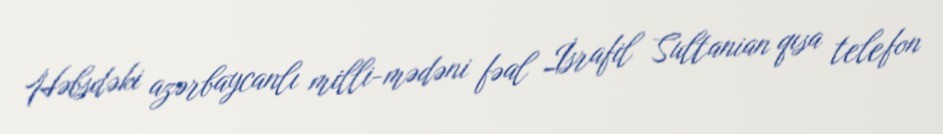
Həbsdəki azərbaycanlı milli-mədəni fəal İsrafil Sultanian qısa telefon